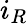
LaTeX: i_{R}